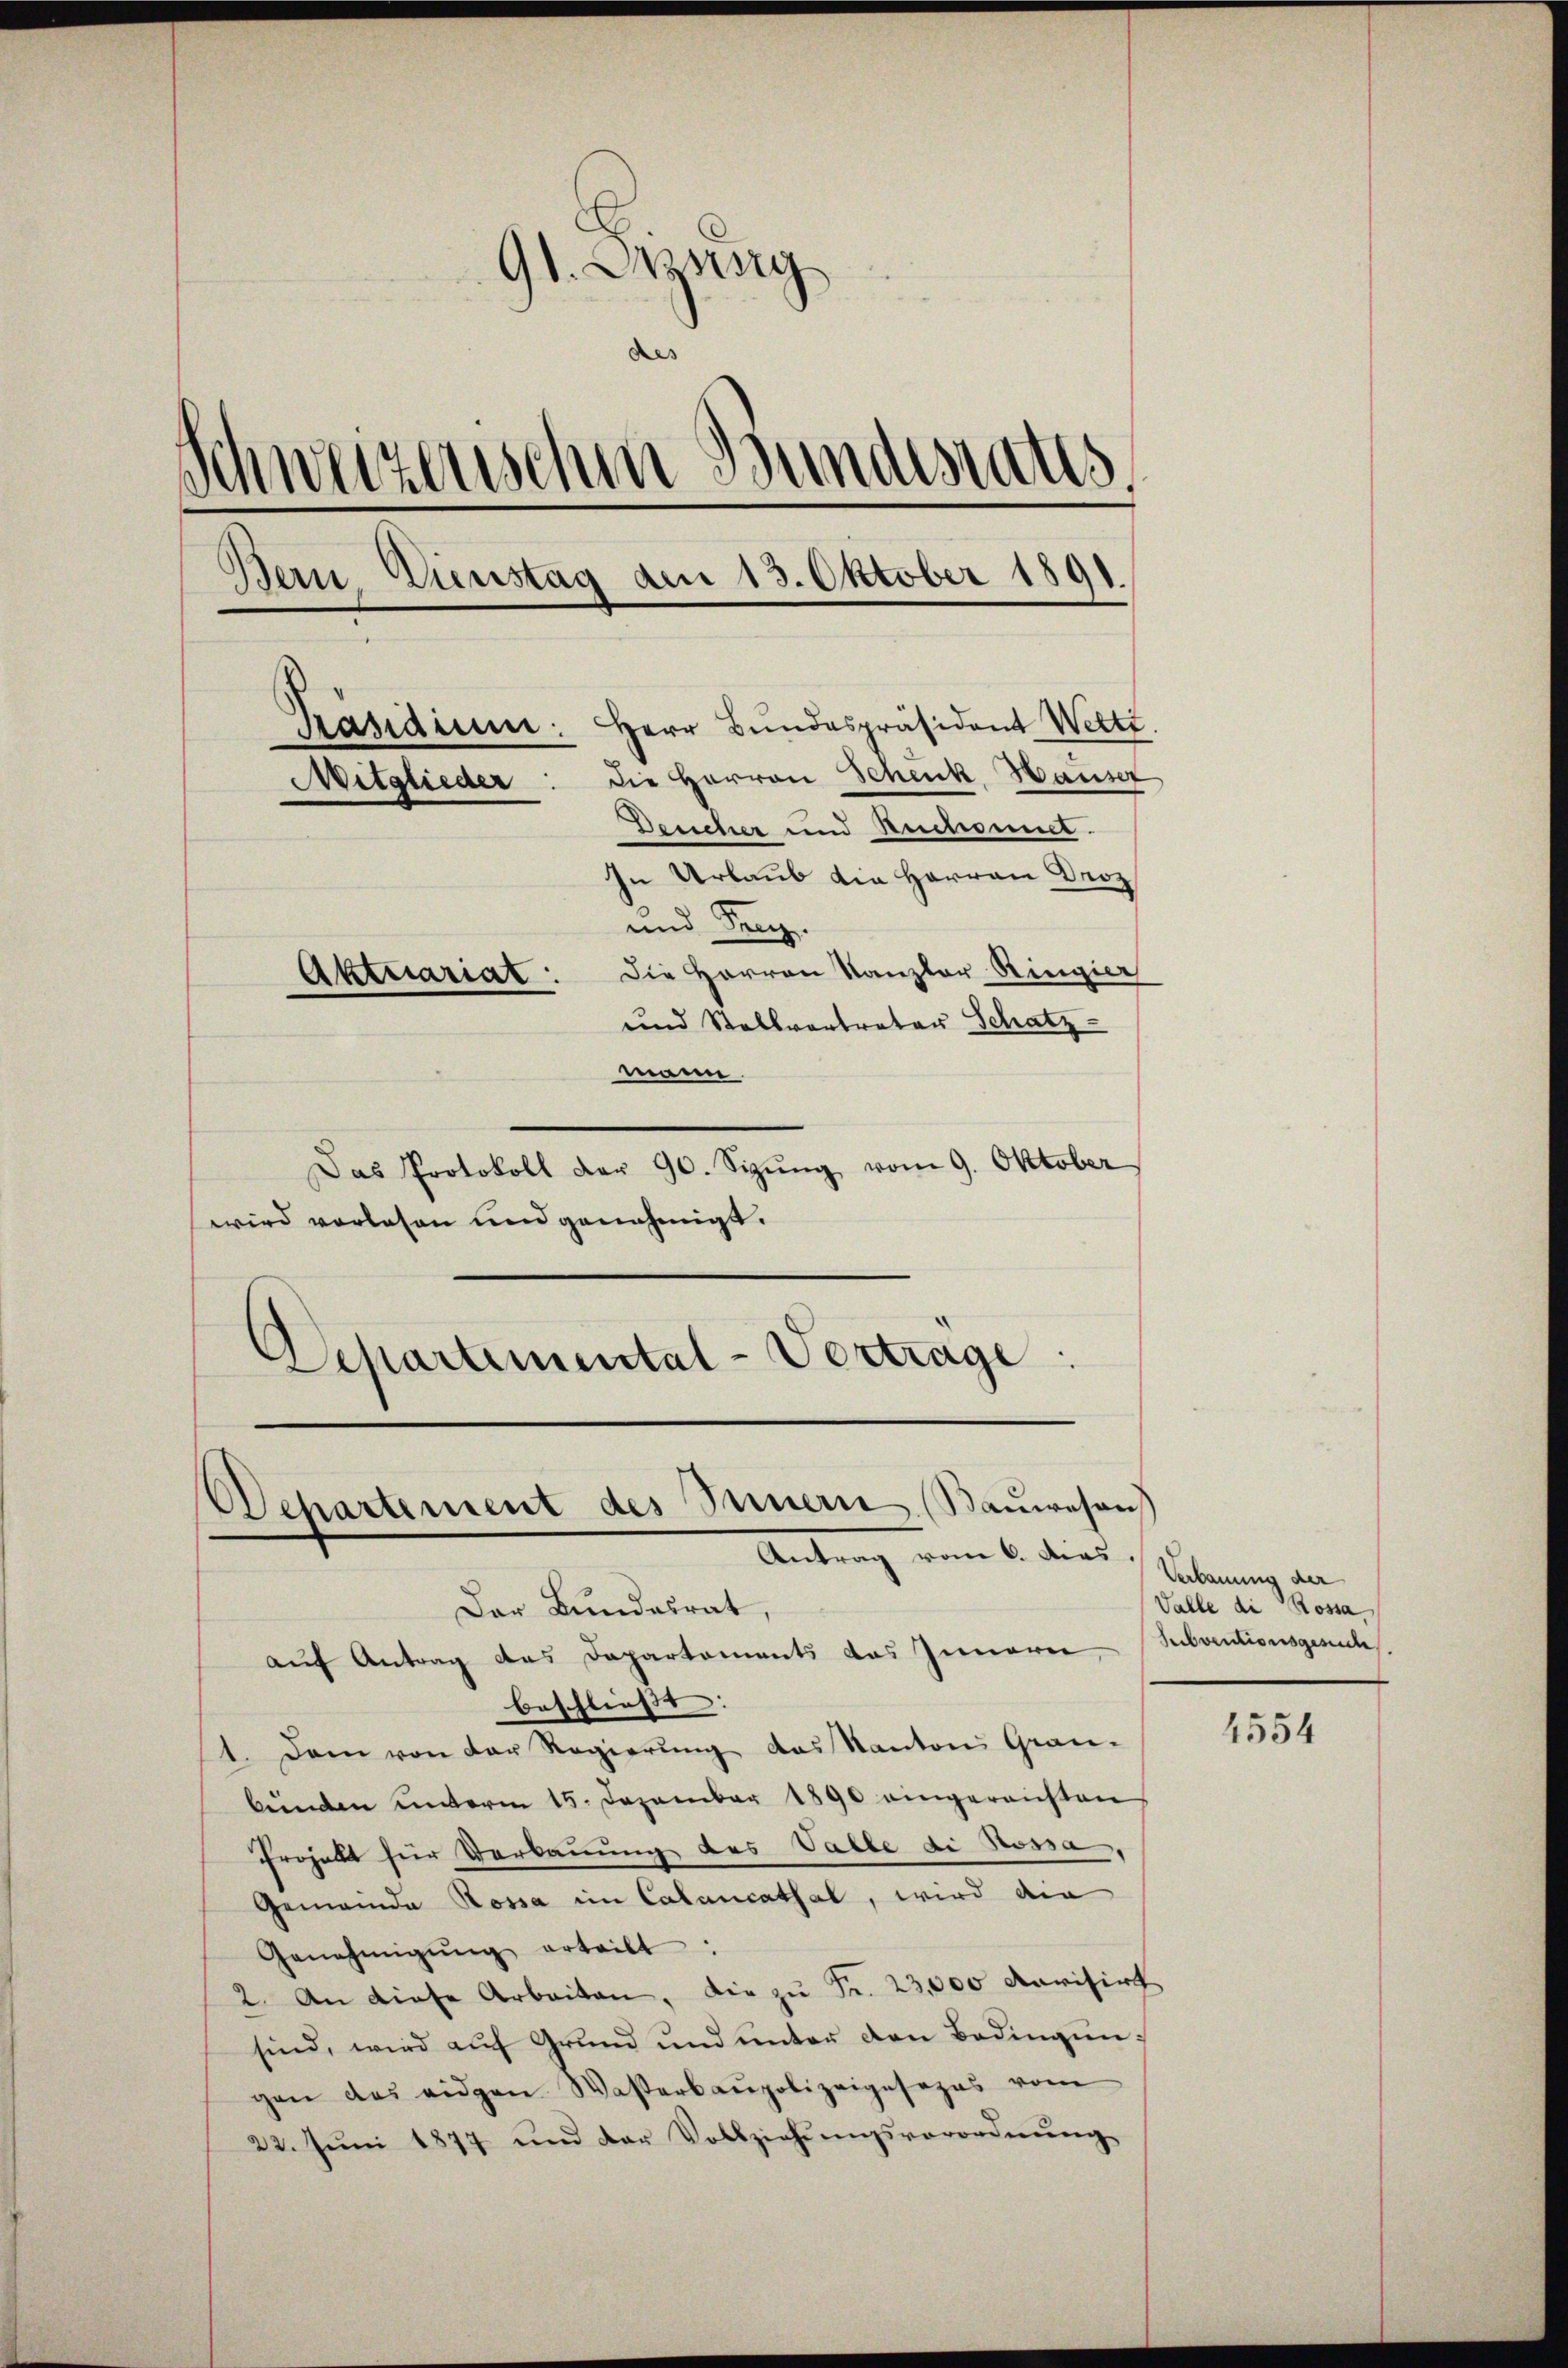
91. Dang
des
.
ii weitenschen Bundesrates.
Bern Einstag am 13. Oktober 1891.
Präsidium. Herr Bundespräsident Wetti
Mitglieder: die Herren Schenk, Hauser
Deucher und Recomit.
In Urlaub die Herren Droz
und Frey.
Aktuariat : Die Herren Kanzler Ringier
und Stellvertreter Schatz

mann
Das Protokoll der 90. Sizŭng vom 9. Oktober
wird vorlesen und genehmigt.
Schartemental-Vertrage

Dchartement des Innern. Baŭwesen,
Antrag vom 6. ders / Suterung an
Dar Bundesrat,

auf Antrag des Departements das Innern,
beschließt:
1. Dann von der Regierung des Kantons Grau-
benden unterm 15. Dezember 1890 eingereichten
Projellt für Verbauung des Valle di Bossa,
Gemeinde Rossa im Calancathal, wird den
Genehmigŭng erteilt:
2. An diese Arbeiten, die zŭ Fr. 23,000 Marisirt
sind, wird auf Grund und unter den Bedingungen das eidgen Waßerbaupolizeigesezes vom
22. Jŭni 1877 und der Vollziehŭngsverordnŭng

Valle die Rossa
Subventionsgesuch

4554